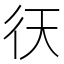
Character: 𢓍